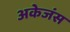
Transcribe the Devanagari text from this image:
अकेजंस